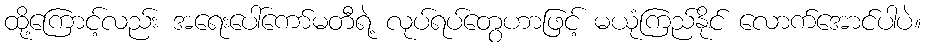
ထို့ကြောင့်လည်း အရေးပေါ်ကော်မတီရဲ့ လုပ်ရပ်တွေဟာဖြင့် မယုံကြည်နိုင် လောက်အောင်ပါပဲ။